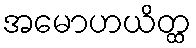
အမောဟယိတ္ထ